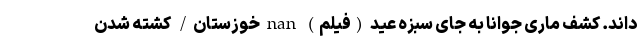
‌داند. کشف ماری جوانا به جای سبزه عید (فیلم) nan خوزستان/ کشته شدن